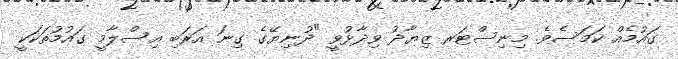
ގައުމެއް ކަމަސެވެ. މިނިސްޓަރ ޒިޔާދު ވިދާޅުވީ "ދުނިޔޭގެ ގިނަ އަރަބި އިސްލާމީ ގައުމުތަކަކީ